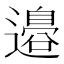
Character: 邉